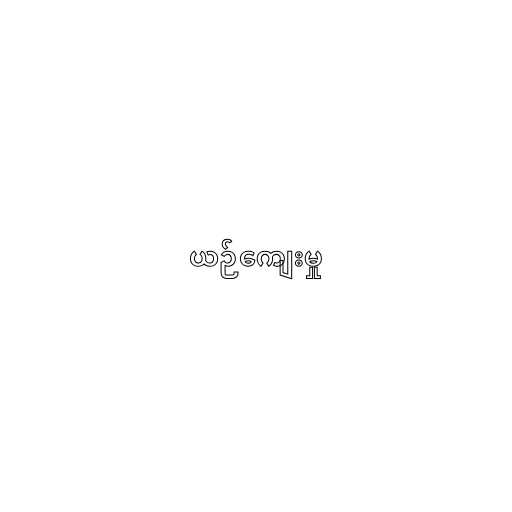
ယဉ်ကျေးမှု